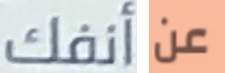
أنفك عن